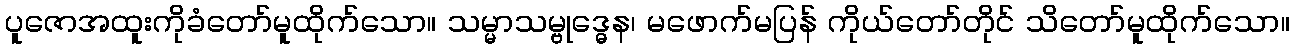
ပူဇောအထူးကိုခံတော်မူထိုက်သော။ သမ္မာသမ္ဗုဒ္ဓေန၊ မဖောက်မပြန် ကိုယ်တော်တိုင် သိတော်မူထိုက်သော။